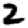
Digit: 2